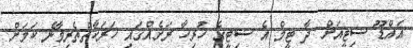
އައްޑޫ ސިޓީއަށް ދާ ޓީމް އެ ސިޓީގެ ހުރިހާ ރަށެއްގައި ހަރަކާތްތެރިވާނެ ކަމަށް